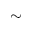
\sim